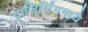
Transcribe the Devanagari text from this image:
दाजिर्लिंगमध्ये